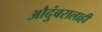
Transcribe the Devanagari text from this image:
औदुंबरालाही